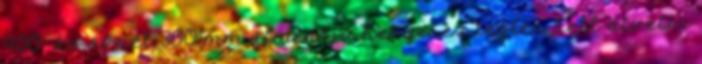
900-as övnél 300 mm átmérõjû hengeres testen kell átvetni